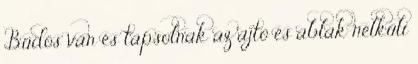
Büdös van és tapsolnak az ajtó és ablak nélküli